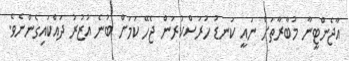
އާޖެންޓީނާ މުބާރާތަށް ނައީ ކަނޑު ހުރަސްކުރަން ޖެހޭ ކަމަށް ބުނެ އުޒުރު ދައްކައިގެންނެވެ.